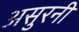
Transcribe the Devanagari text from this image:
असुरनी